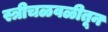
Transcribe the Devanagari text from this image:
स्त्रीचळवळीतून